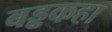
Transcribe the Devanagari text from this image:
बड्ढकहा